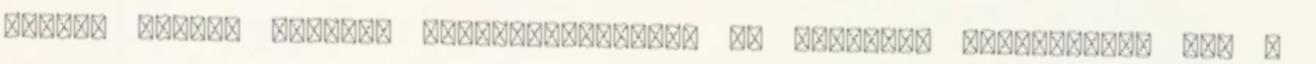
valami nagyon hasonló „megtévesztődés” és csalódás ismétlődött meg a